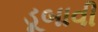
ડૂબાવી